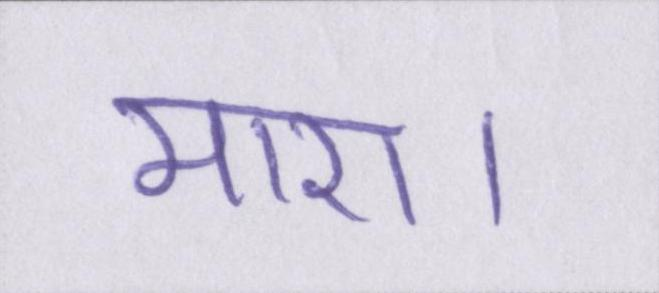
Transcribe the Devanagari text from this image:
मारा।